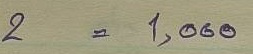
2 = 1,000